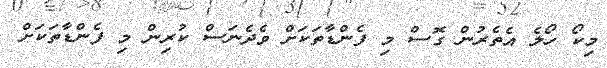
މިކޯ ހޯލެ އެތެރުން ގޮސް މި ފެންޑާތަކަށް ވެދެނަސް ކުރިން މި ފެންޑާތަކަށް